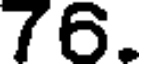
76.